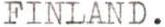
FINLAND.